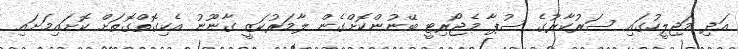
އަދި މަޖިލީހުގައި ސަރުކާރުގެ ސުޕާ މެޖޯރިޓީ ބޭނުންކޮށްގެން ލާމަރުކަޒީ ގާނޫނު އެކިގޮތްގޮތަށް ކޮށައިމަށައި